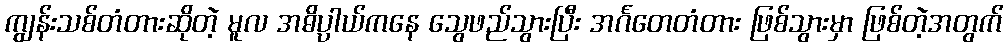
ကျွန်းသစ်တံတားဆိုတဲ့ မူလ အဓိပ္ပါယ်ကနေ သွေဖည်သွားပြီး အင်္ဂတေတံတား ဖြစ်သွားမှာ ဖြစ်တဲ့အတွက်